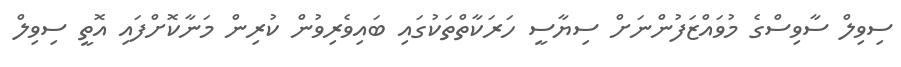
ސިވިލް ސާވިސްގެ މުވައްޒަފުންނަށް ސިޔާސީ ހަރަކާތްތަކުގައި ބައިވެރިވުން ކުރިން މަނާކޮށްފައި އޮތީ ސިވިލް